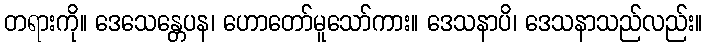
တရားကို။ ဒေသေန္တေပန၊ ဟောတော်မူသော်ကား။ ဒေသနာပိ၊ ဒေသနာသည်လည်း။